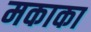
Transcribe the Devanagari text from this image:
मकाका